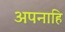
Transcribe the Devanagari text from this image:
अपनाहि